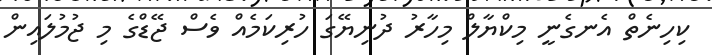
ކިހިނެތް އެނގެނީ މިކްޔާލް މިހާރު ދުނިޔޭގަ ހުރިކަމެއް ވެސް ޖޭޑްގެ މި ޖުމުލައިން